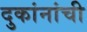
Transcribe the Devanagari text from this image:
दुकांनांची